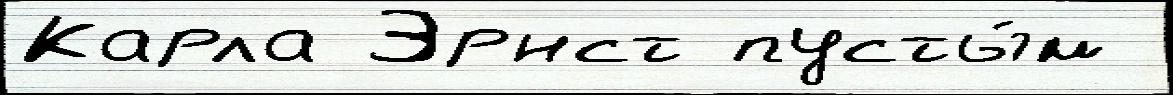
Карла Эрнст пусты́м